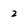
Character: 2